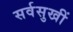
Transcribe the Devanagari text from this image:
सर्वसुखीं